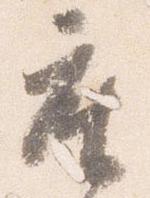
座